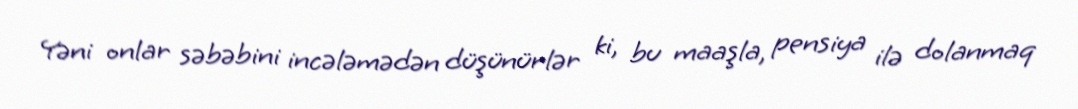
Yəni onlar səbəbini incələmədən düşünürlər ki, bu maaşla, pensiya ilə dolanmaq